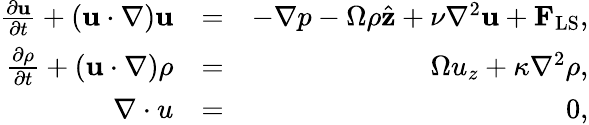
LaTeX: \begin{array}{rlr}{\frac{\partial{\mathbf{u}}}{\partial{t}}+(\mathbf{u}\cdot\nabla)\mathbf{u}}&{=}&{-\nabla p-\Omega\rho\hat{\mathbf z}+\nu\nabla^{2}\mathbf{u}+{\mathbf F}_{\mathrm{LS}},}\\ {\frac{\partial{\rho}}{\partial{t}}+(\mathbf{u}\cdot\nabla)\rho}&{=}&{\Omega u_{z}+\kappa\nabla^{2}\rho,}\\ {{\mathbf\nabla\cdot u}}&{=}&{0,}\end{array}